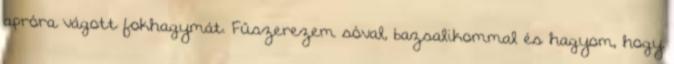
apróra vágott fokhagymát. Fűszerezem sóval, bazsalikommal és hagyom, hogy